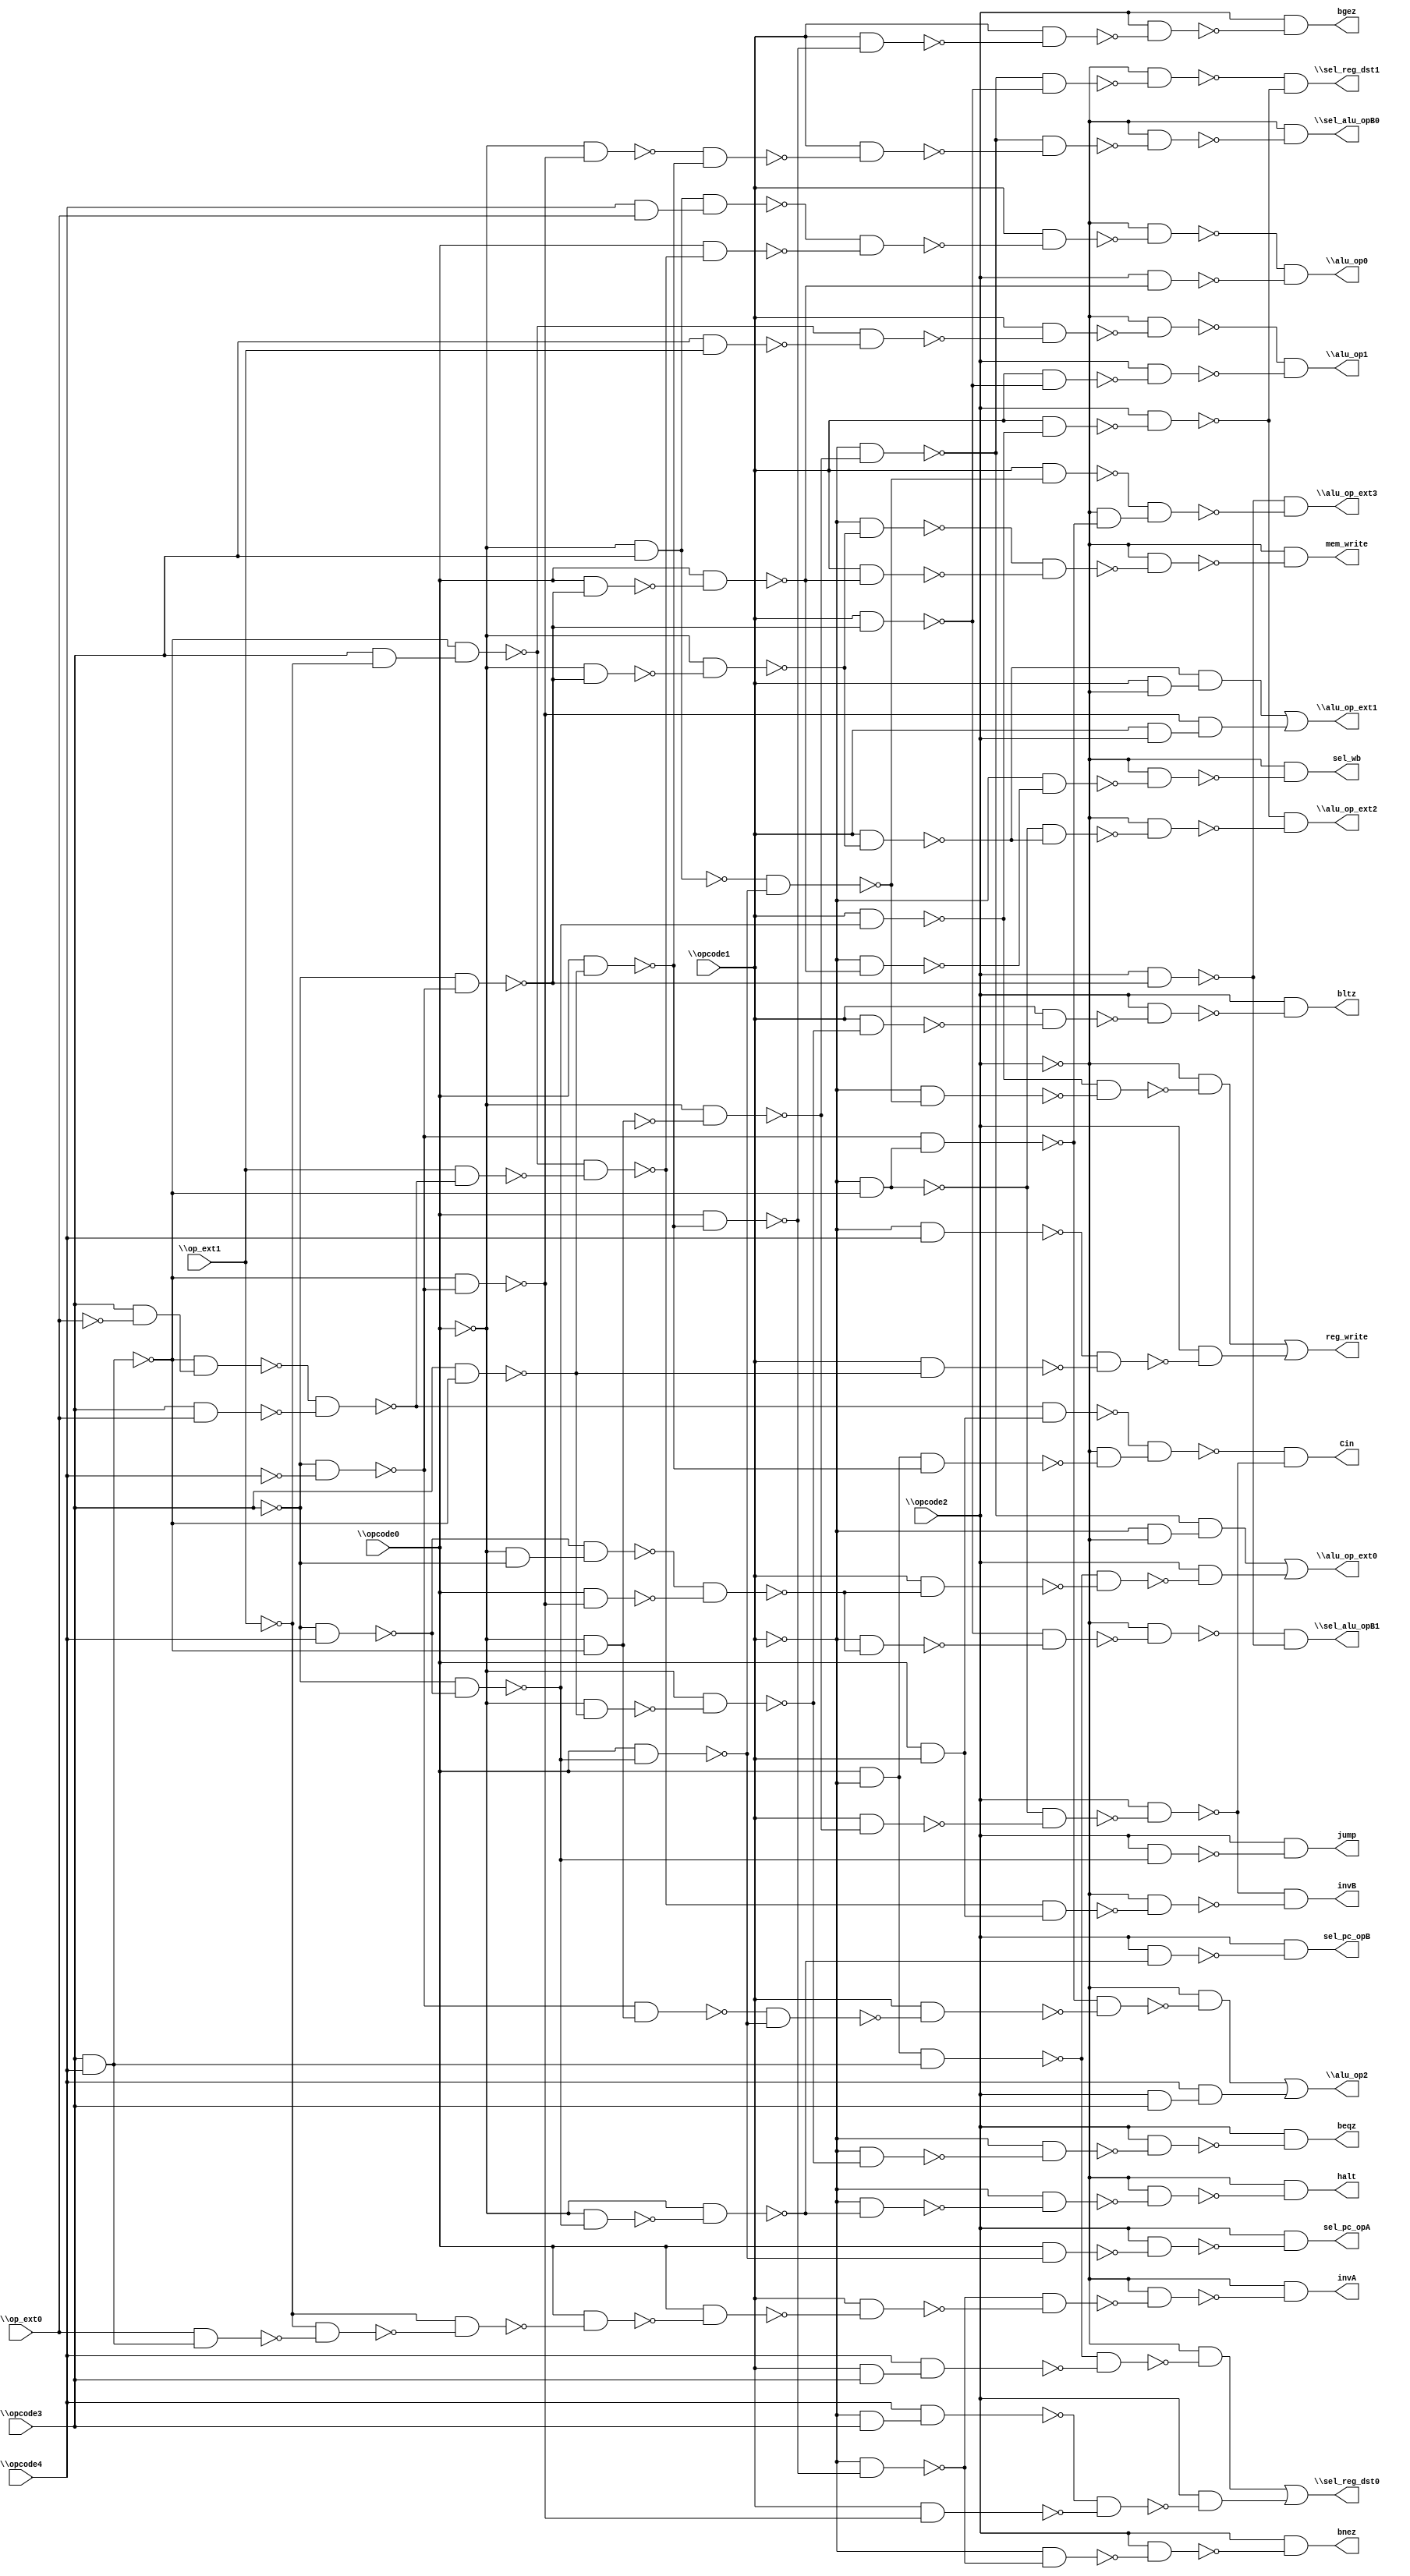
module top ( 
    \opcode0 , \opcode1 , \opcode2 , \opcode3 , \opcode4 ,
    \op_ext0 , \op_ext1 ,
    \sel_reg_dst0 , \sel_reg_dst1 , \sel_alu_opB0 , \sel_alu_opB1 ,
    \alu_op0 , \alu_op1 , \alu_op2 , \alu_op_ext0 ,
    \alu_op_ext1 , \alu_op_ext2 , \alu_op_ext3 , halt, reg_write,
    sel_pc_opA, sel_pc_opB, beqz, bnez, bgez, bltz, jump, Cin, invA, invB,
    mem_write, sel_wb  );
  input  \opcode0 , \opcode1 , \opcode2 , \opcode3 , \opcode4 ,
    \op_ext0 , \op_ext1 ;
  output \sel_reg_dst0 , \sel_reg_dst1 , \sel_alu_opB0 ,
    \sel_alu_opB1 , \alu_op0 , \alu_op1 , \alu_op2 ,
    \alu_op_ext0 , \alu_op_ext1 , \alu_op_ext2 , \alu_op_ext3 ,
    halt, reg_write, sel_pc_opA, sel_pc_opB, beqz, bnez, bgez, bltz, jump,
    Cin, invA, invB, mem_write, sel_wb;
  wire n35, n36, n37, n38, n39, n40, n41, n42, n43, n44, n45, n46, n47, n48,
    n50, n51, n52, n53, n54, n55, n56, n57, n58, n59, n60, n61, n63, n64,
    n65, n66, n67, n68, n69, n71, n72, n73, n74, n75, n76, n77, n78, n80,
    n81, n82, n83, n84, n85, n86, n87, n88, n89, n90, n91, n92, n93, n94,
    n95, n96, n97, n99, n100, n101, n102, n103, n104, n106, n107, n108,
    n109, n110, n111, n112, n113, n114, n115, n117, n118, n119, n120, n121,
    n123, n124, n125, n126, n127, n128, n129, n131, n132, n134, n135, n136,
    n137, n139, n140, n141, n142, n143, n145, n146, n147, n148, n149, n150,
    n151, n153, n154, n156, n158, n159, n160, n161, n162, n164, n165, n166,
    n167, n169, n170, n171, n173, n174, n175, n177, n179, n180, n181, n182,
    n183, n184, n185, n186, n188, n189, n190, n191, n192, n193, n194, n195,
    n197, n198, n200, n201, n202, n203, n205, n206, n207;
  assign n35 = \opcode0  & ~\opcode1 ;
  assign n36 = \opcode3  & \opcode4 ;
  assign n37 = n35 & n36;
  assign n38 = \opcode1  & \opcode3 ;
  assign n39 = \opcode4  & n38;
  assign n40 = ~n37 & ~n39;
  assign n41 = ~\opcode2  & ~n40;
  assign n42 = ~\opcode1  & \opcode3 ;
  assign n43 = \opcode4  & n42;
  assign n44 = ~\opcode3  & ~\opcode4 ;
  assign n45 = ~n36 & ~n44;
  assign n46 = \opcode1  & ~n45;
  assign n47 = ~n43 & ~n46;
  assign n48 = \opcode2  & ~n47;
  assign \sel_reg_dst0  = n41 | n48;
  assign n50 = ~\opcode0  & ~n36;
  assign n51 = ~\opcode0  & ~n50;
  assign n52 = ~\opcode1  & ~n51;
  assign n53 = ~\opcode3  & ~n44;
  assign n54 = \opcode1  & ~n53;
  assign n55 = ~n52 & ~n54;
  assign n56 = ~\opcode2  & ~n55;
  assign n57 = ~\opcode3  & \opcode4 ;
  assign n58 = ~\opcode3  & ~n57;
  assign n59 = \opcode1  & ~n58;
  assign n60 = \opcode1  & ~n59;
  assign n61 = \opcode2  & ~n60;
  assign \sel_reg_dst1  = ~n56 & ~n61;
  assign n63 = ~\opcode0  & ~n45;
  assign n64 = \opcode3  & ~n36;
  assign n65 = \opcode0  & ~n64;
  assign n66 = ~n63 & ~n65;
  assign n67 = \opcode1  & ~n66;
  assign n68 = ~n52 & ~n67;
  assign n69 = ~\opcode2  & ~n68;
  assign \sel_alu_opB0  = ~\opcode2  & ~n69;
  assign n71 = ~\opcode0  & ~\opcode3 ;
  assign n72 = ~n57 & n71;
  assign n73 = \opcode0  & ~n45;
  assign n74 = ~n72 & ~n73;
  assign n75 = ~\opcode1  & ~n74;
  assign n76 = ~n54 & ~n75;
  assign n77 = ~\opcode2  & ~n76;
  assign n78 = \opcode2  & ~n53;
  assign \sel_alu_opB1  = ~n77 & ~n78;
  assign n80 = ~\opcode0  & \opcode3 ;
  assign n81 = \opcode4  & \op_ext0 ;
  assign n82 = n80 & n81;
  assign n83 = \opcode3  & ~\op_ext1 ;
  assign n84 = ~n36 & n83;
  assign n85 = \opcode3  & ~\op_ext0 ;
  assign n86 = ~n36 & n85;
  assign n87 = \opcode3  & \op_ext0 ;
  assign n88 = ~n86 & ~n87;
  assign n89 = \op_ext1  & ~n88;
  assign n90 = ~n84 & ~n89;
  assign n91 = \opcode0  & ~n90;
  assign n92 = ~n82 & ~n91;
  assign n93 = \opcode1  & ~n92;
  assign n94 = ~\opcode2  & ~n93;
  assign n95 = \opcode0  & ~n53;
  assign n96 = \opcode0  & ~n95;
  assign n97 = \opcode2  & ~n96;
  assign \alu_op0  = ~n94 & ~n97;
  assign n99 = \opcode3  & \op_ext1 ;
  assign n100 = ~n84 & ~n99;
  assign n101 = \opcode1  & ~n100;
  assign n102 = ~\opcode2  & ~n101;
  assign n103 = \opcode1  & ~n54;
  assign n104 = \opcode2  & ~n103;
  assign \alu_op1  = ~n102 & ~n104;
  assign n106 = ~\opcode1  & ~n36;
  assign n107 = ~n44 & n106;
  assign n108 = ~n44 & n50;
  assign n109 = \opcode0  & ~n58;
  assign n110 = ~n108 & ~n109;
  assign n111 = \opcode1  & ~n110;
  assign n112 = ~n107 & ~n111;
  assign n113 = ~\opcode2  & ~n112;
  assign n114 = \opcode2  & \opcode3 ;
  assign n115 = \opcode4  & n114;
  assign \alu_op2  = n113 | n115;
  assign n117 = ~\opcode1  & ~\opcode2 ;
  assign n118 = ~n52 & n117;
  assign n119 = \opcode1  & ~n74;
  assign n120 = ~n37 & ~n119;
  assign n121 = \opcode2  & ~n120;
  assign \alu_op_ext0  = n118 | n121;
  assign n123 = ~\opcode0  & ~n53;
  assign n124 = ~\opcode0  & ~n123;
  assign n125 = \opcode1  & ~n124;
  assign n126 = \opcode1  & ~\opcode2 ;
  assign n127 = ~n125 & n126;
  assign n128 = \opcode1  & \opcode2 ;
  assign n129 = ~n45 & n128;
  assign \alu_op_ext1  = n127 | n129;
  assign n131 = ~n106 & ~n125;
  assign n132 = ~\opcode2  & ~n131;
  assign \alu_op_ext2  = ~n61 & ~n132;
  assign n134 = ~n80 & ~n109;
  assign n135 = \opcode1  & ~n134;
  assign n136 = ~\opcode2  & ~n107;
  assign n137 = ~n135 & n136;
  assign \alu_op_ext3  = ~n78 & ~n137;
  assign n139 = ~\opcode0  & ~n58;
  assign n140 = ~\opcode0  & ~n139;
  assign n141 = ~\opcode1  & ~n140;
  assign n142 = ~\opcode1  & ~n141;
  assign n143 = ~\opcode2  & ~n142;
  assign halt = ~\opcode2  & ~n143;
  assign n145 = ~\opcode1  & ~n134;
  assign n146 = ~n59 & ~n145;
  assign n147 = ~\opcode2  & ~n146;
  assign n148 = ~\opcode1  & \opcode4 ;
  assign n149 = \opcode1  & ~n64;
  assign n150 = ~n148 & ~n149;
  assign n151 = \opcode2  & ~n150;
  assign reg_write = n147 | n151;
  assign n153 = \opcode0  & ~n109;
  assign n154 = \opcode2  & ~n153;
  assign sel_pc_opA = \opcode2  & ~n154;
  assign n156 = \opcode2  & ~n140;
  assign sel_pc_opB = \opcode2  & ~n156;
  assign n158 = ~\opcode0  & ~n64;
  assign n159 = ~\opcode0  & ~n158;
  assign n160 = ~\opcode1  & ~n159;
  assign n161 = ~\opcode1  & ~n160;
  assign n162 = \opcode2  & ~n161;
  assign beqz = \opcode2  & ~n162;
  assign n164 = \opcode0  & ~n65;
  assign n165 = ~\opcode1  & ~n164;
  assign n166 = ~\opcode1  & ~n165;
  assign n167 = \opcode2  & ~n166;
  assign bnez = \opcode2  & ~n167;
  assign n169 = \opcode1  & ~n164;
  assign n170 = \opcode1  & ~n169;
  assign n171 = \opcode2  & ~n170;
  assign bgez = \opcode2  & ~n171;
  assign n173 = \opcode1  & ~n159;
  assign n174 = \opcode1  & ~n173;
  assign n175 = \opcode2  & ~n174;
  assign bltz = \opcode2  & ~n175;
  assign n177 = \opcode2  & ~n58;
  assign jump = \opcode2  & ~n177;
  assign n179 = \opcode0  & \opcode1 ;
  assign n180 = ~n88 & n179;
  assign n181 = n35 & ~n65;
  assign n182 = ~\opcode2  & ~n181;
  assign n183 = ~n180 & n182;
  assign n184 = \opcode1  & ~n51;
  assign n185 = ~n106 & ~n184;
  assign n186 = \opcode2  & ~n185;
  assign Cin = ~n183 & ~n186;
  assign n188 = \op_ext0  & n36;
  assign n189 = ~\op_ext1  & ~n188;
  assign n190 = ~\op_ext1  & ~n189;
  assign n191 = \opcode0  & ~n190;
  assign n192 = \opcode0  & ~n191;
  assign n193 = \opcode1  & ~n192;
  assign n194 = ~n165 & ~n193;
  assign n195 = ~\opcode2  & ~n194;
  assign invA = ~\opcode2  & ~n195;
  assign n197 = ~n90 & n179;
  assign n198 = ~\opcode2  & ~n197;
  assign invB = ~n186 & ~n198;
  assign n200 = ~\opcode1  & ~n124;
  assign n201 = \opcode1  & ~n96;
  assign n202 = ~n200 & ~n201;
  assign n203 = ~\opcode2  & ~n202;
  assign mem_write = ~\opcode2  & ~n203;
  assign n205 = ~\opcode1  & ~n96;
  assign n206 = ~\opcode1  & ~n205;
  assign n207 = ~\opcode2  & ~n206;
  assign sel_wb = ~\opcode2  & ~n207;
endmodule